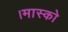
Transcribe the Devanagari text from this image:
।मास्को